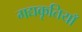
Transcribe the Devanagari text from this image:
गद्यकृतियाँ